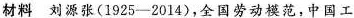
材料 刘源张(1925-2014)，全国劳动模范，中国工